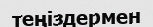
теңіздермен